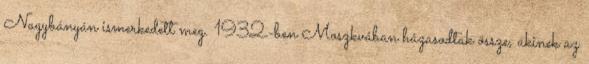
Nagybányán ismerkedett meg. 1932-ben Moszkvában házasodtak össze, akinek az